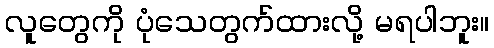
လူတွေကို ပုံသေတွက်ထားလို့ မရပါဘူး။